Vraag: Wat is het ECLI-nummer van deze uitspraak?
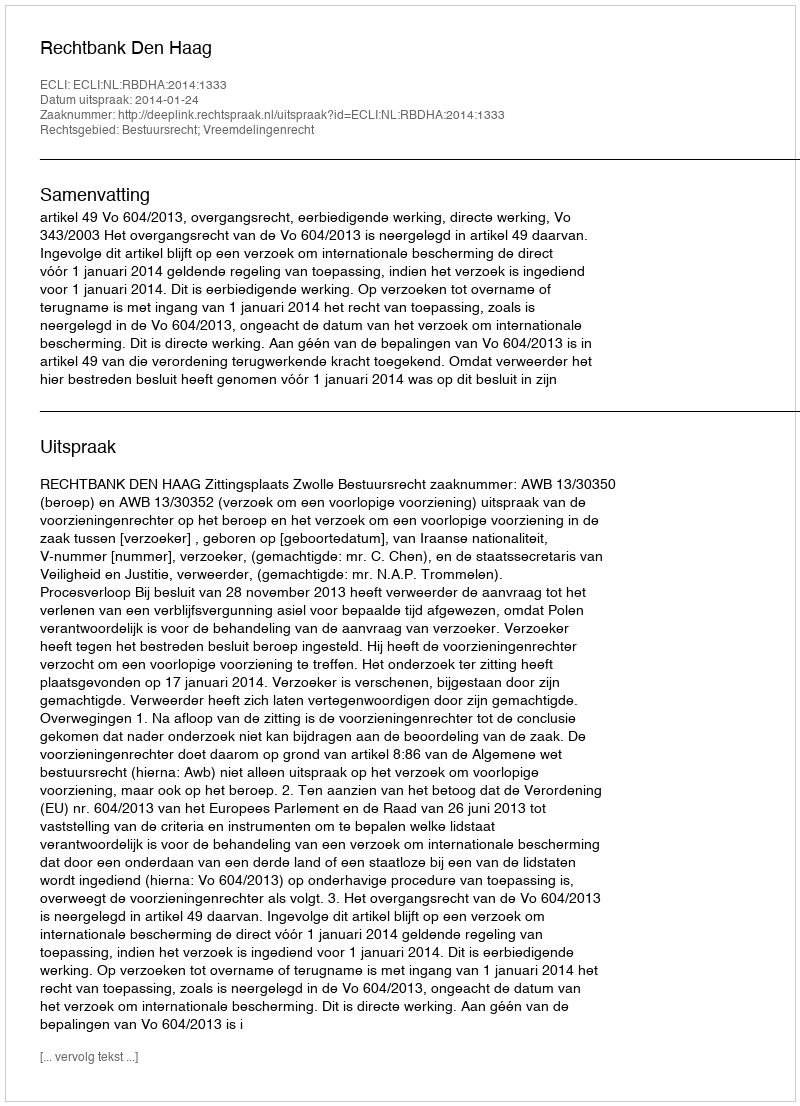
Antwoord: ECLI:NL:RBDHA:2014:1333